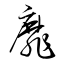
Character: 靡